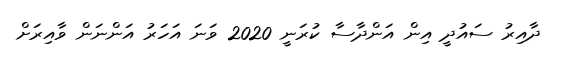
ދާއިރު ސައުދީ އިން އަންދާސާ ކުރަނީ 2020 ވަނަ އަހަރު އަންނަން ވާއިރަށް